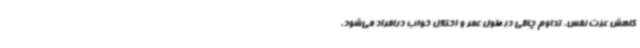
کاهش عزت نفس، تداوم چاقی در طول عمر و اختلال خواب درافراد می‌شود.